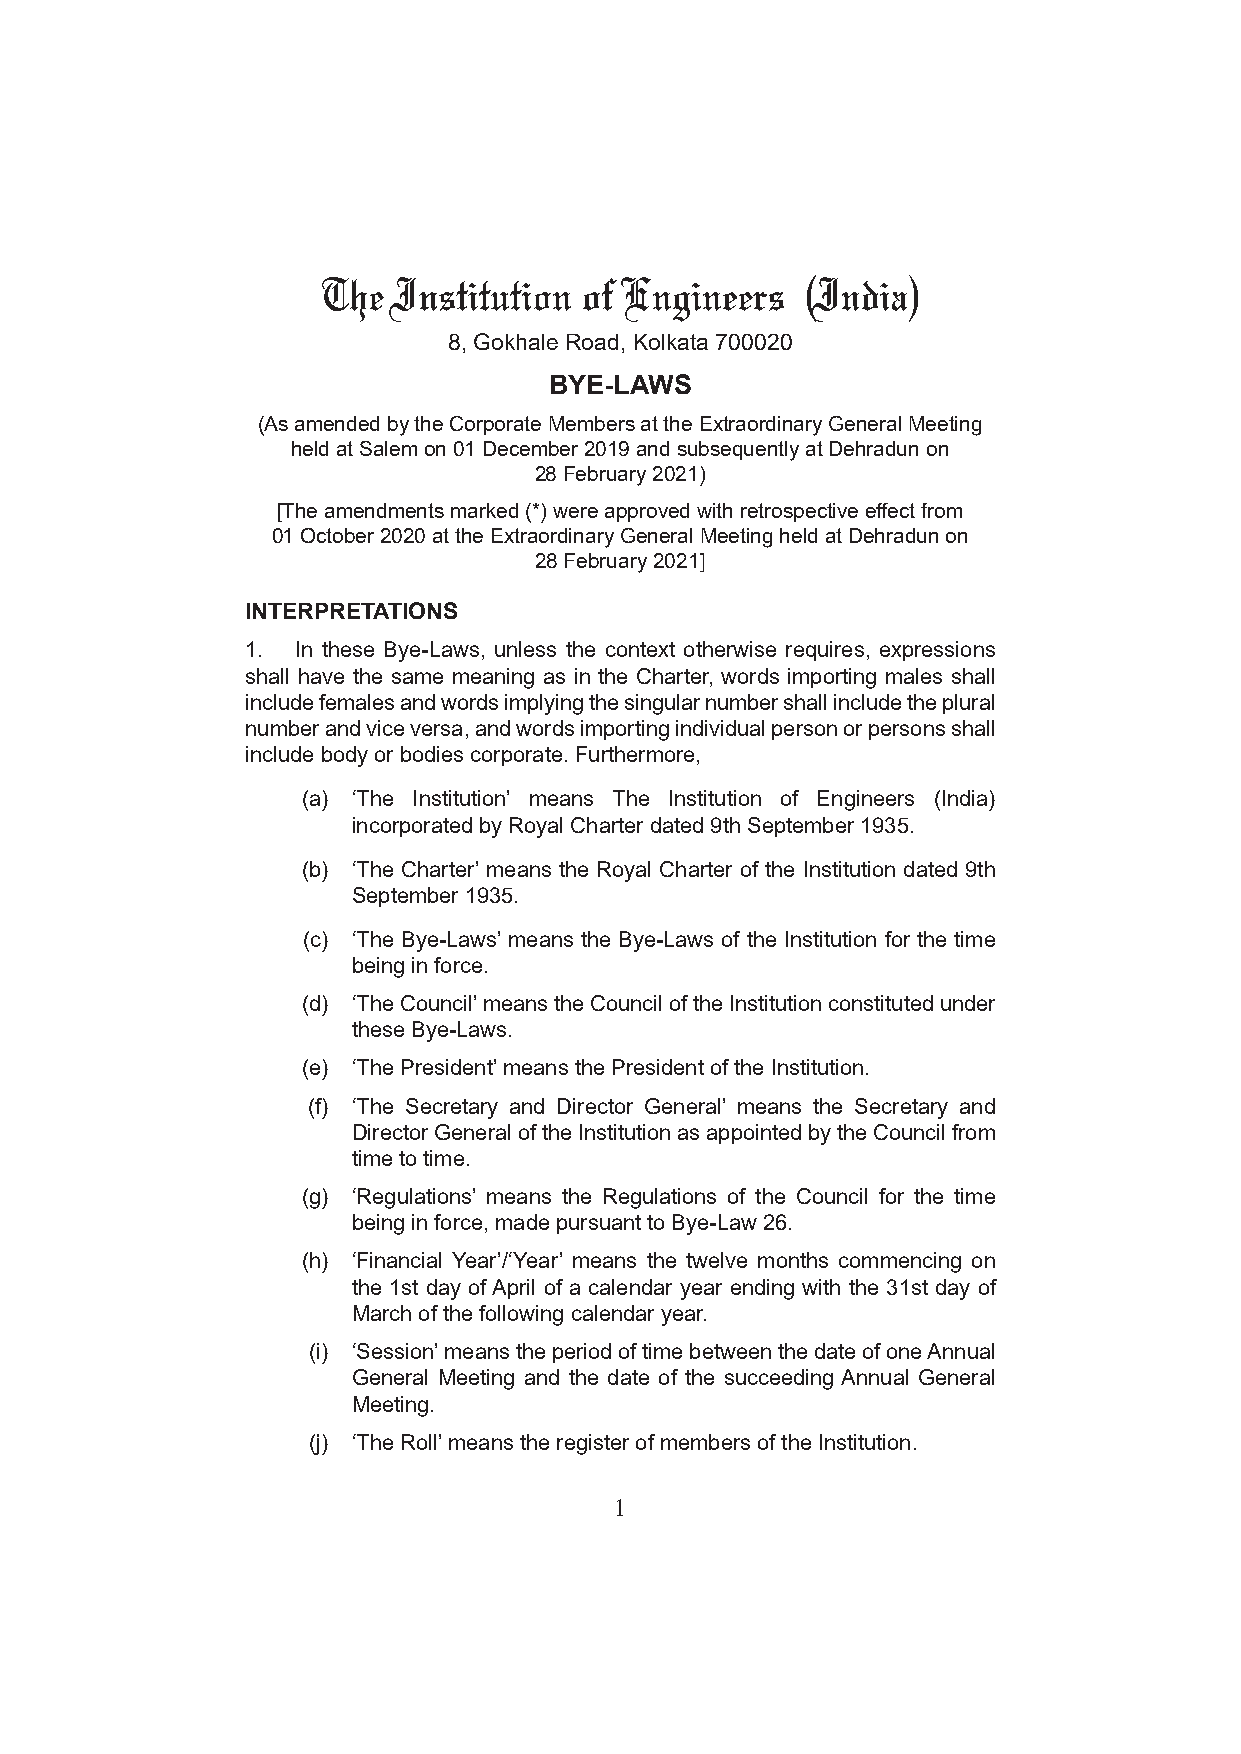
The  Institution of Engineers   (India)
 8, Gokhale Road, Kolkata 700020
 BYE-LAWS
 (As amended by the Corporate Members at the Extraordinary General Meeting
 held at Salem on 01 December 2019 and subsequently at Dehradun on
 28 February 2021)
 [The amendments marked (*) were approved with retrospective effect from
 01 October 2020 at the Extraordinary General Meeting held at Dehradun on
 28 February 2021]
 INTERPRETATIONS
 1.  In these Bye-Laws, unless the context otherwise requires, expressions
 shall have the same meaning as in the Charter, words importing males shall
 include females and words implying the singular number shall include the plural
 number and vice versa, and words importing individual person or persons shall
 include body or bodies corporate. Furthermore,
 (a) ‘The Institution’ means The Institution of Engineers (India)
 incorporated by Royal Charter dated 9th September 1935.
 (b) ‘The Charter’ means the Royal Charter of the Institution dated 9th
 September 1935.
 (c) ‘The Bye-Laws’ means the Bye-Laws of the Institution for the time
 being in force.
 (d) ‘The Council’ means the Council of the Institution constituted under
 these Bye-Laws.
 (e) ‘The President’ means the President of the Institution.
 (f) ‘The Secretary and Director General’ means the Secretary and
 Director General of the Institution as appointed by the Council from
 time to time.
 (g) ‘Regulations’ means the Regulations of the Council for the time
 being in force, made pursuant to Bye-Law 26.
 (h) ‘Financial Year’/‘Year’ means the twelve months commencing on
 the 1st day of April of a calendar year ending with the 31st day of
 March of the following calendar year.
 (i) ‘Session’ means the period of time between the date of one Annual
 General Meeting and the date of the succeeding Annual General
 Meeting.
 (j) ‘The Roll’ means the register of members of the Institution.
 1